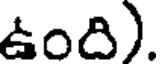
ఉంది).